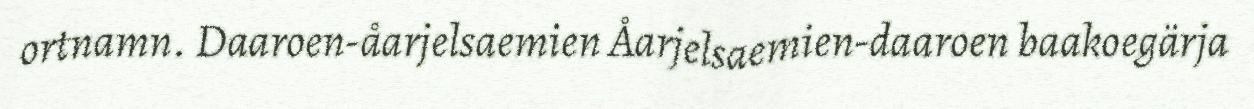
ortnamn. Daaroen-åarjelsaemien Åarjelsaemien-daaroen baakoegärja